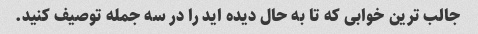
جالب ترین خوابی که تا به حال دیده اید را در سه جمله توصیف کنید.